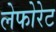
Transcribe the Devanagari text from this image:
लेफोरेट